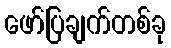
ဖော်ပြချက်တစ်ခု